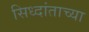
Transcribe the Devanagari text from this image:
सिध्दांताच्या